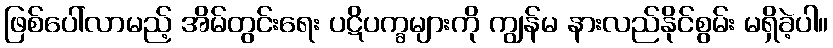
ဖြစ်ပေါ်လာမည့် အိမ်တွင်းရေး ပဋိပက္ခများကို ကျွန်မ နားလည်နိုင်စွမ်း မရှိခဲ့ပါ။